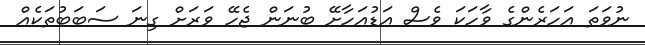
ނުވަތަ އަހަރެންގެ ވާހަކަ ވެސް އަޑުއަހާށޭ ބުނަން ޖެހޭ ވަރަށް ގިނަ ސަބަބުތަކެއް